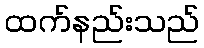
ထက်နည်းသည်